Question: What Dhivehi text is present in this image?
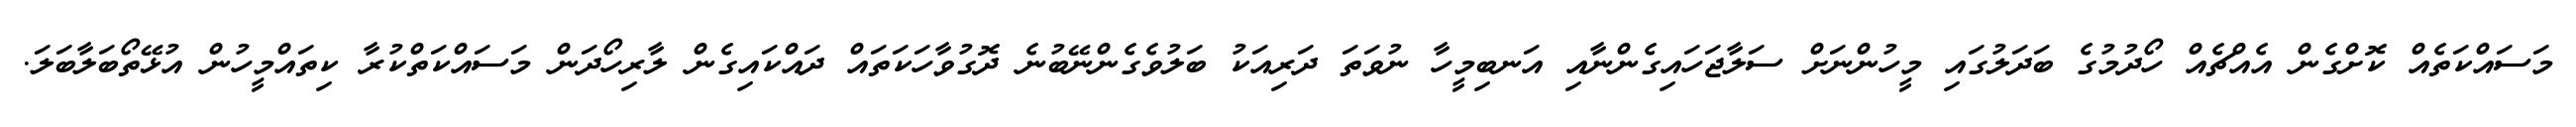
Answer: މަސައްކަތެއް ކޮށްގެން އެއްޗެއް ހޯދުމުގެ ބަދަލުގައި މީހުންނަށް ސަލާޖަހައިގެންނާއި އަނބިމީހާ ނުވަތަ ދަރިއަކު ބަލުވެގެންނޭބުނެ ދޮގުވާހަކަތައް ދައްކައިގެން ލާރިހޯދަން މަސައްކަތްކުރާ ކިތައްމީހުން އުޅޭތޯބަލާބަލަ.